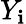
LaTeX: Y_{\mathbf{i}}